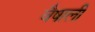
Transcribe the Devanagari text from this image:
वैषाली